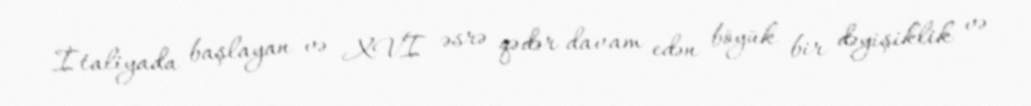
İtaliyada başlayan və XVI əsrə qədər davam edən böyük bir dəyişiklik və